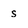
Character: s